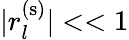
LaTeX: \rvert r_{l}^{(\mathrm{s})}\rvert<<1